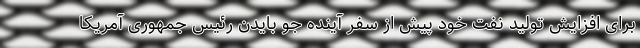
برای افزایش تولید نفت خود پیش از سفر آینده جو بایدن رئیس جمهوری آمریکا